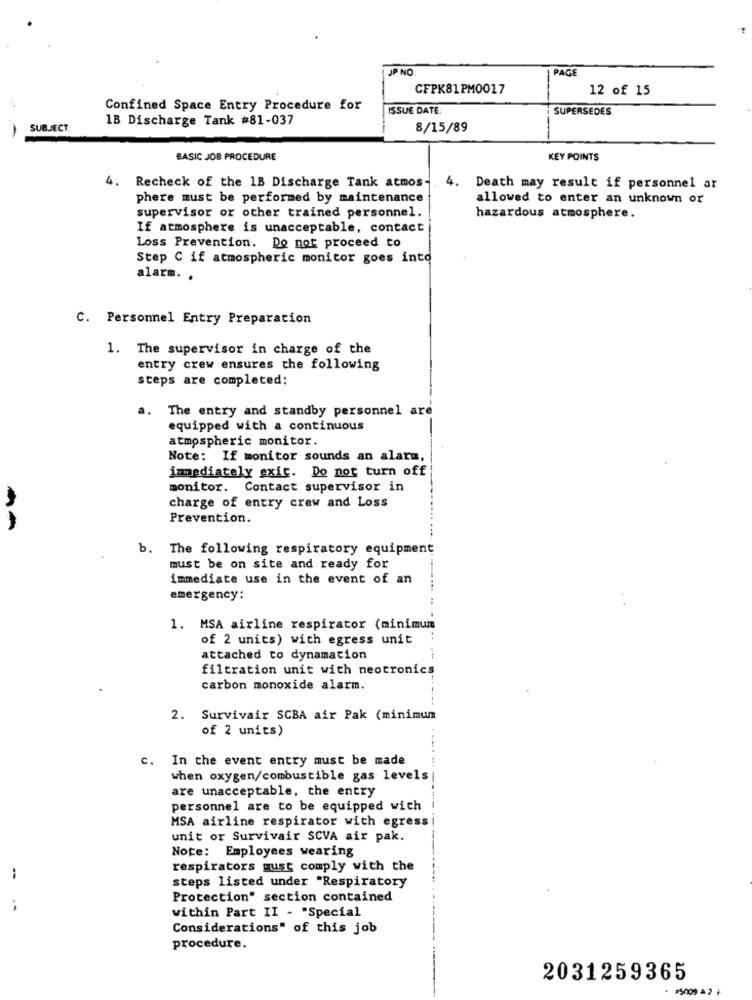
JP NO
PAGE
CFPK81PM0017
12 of 15
Confined Space Entry Procedure for
ISSUE DATE:
SUPERSEDES
1B Discharge Tank #81-037
SUBJECT:
8/15/89
BASIC JOB PROCEDURE
KEY POINTS
4. Recheck of the 1B Discharge Tank atmos-
4. Death may result if personnel ar
phere must be performed by maintenance
allowed to enter an unknown or
supervisor or other trained personnel.
hazardous atmosphere.
If atmosphere is unacceptable, contact
Loss Prevention. Do not proceed to
Step C if atmospheric monitor goes into
alarm. .
C. Personnel Entry Preparation
1. The supervisor in charge of the
entry crew ensures the following
steps are completed:
a. The entry and standby personnel are
equipped with a continuous
atmospheric monitor.
Note: If monitor sounds an alarm,
immediately exic. Do not turn off
monitor. Contact supervisor in
charge of entry crew and Loss
Prevention.
b. The following respiratory equipment
must be on site and ready for
immediate use in the event of an
emergency:
1. MSA airline respirator (minimum
of 2 units) with egress unit
attached to dynamation
filtration unit with neotronics
carbon monoxide alarm.
2. Survivair SCBA air Pak (minimum
of 2 units)
c. In the event entry must be made
when oxygen/combustible gas levels
are unacceptable, the entry
personnel are to be equipped with
MSA airline respirator with egress
unit or Survivair SCVA air pak.
Note: Employees wearing
respirators must comply with the
steps listed under "Respiratory
Protection" section contained
within Part II - "Special
Considerations" of this job
procedure.
2031259365
. #5009 4 2